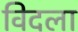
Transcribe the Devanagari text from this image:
विदला